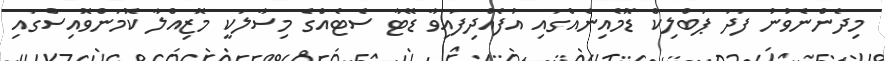
މިދެންނެވުނު ފަދަ ޕަބްލިކް ޑޮމެއިނެއްގައި އުފެއްދިފައިވާ ޑޭޓާ ސެޓެއްގެ މިސާލަކީ މޮޒިއްލާ ކޮމަންވޮއިސްގައި